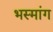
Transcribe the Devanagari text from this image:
भस्मांग